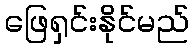
ဖြေရှင်းနိုင်မည်